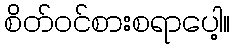
စိတ်ဝင်စားစရာပေါ့။